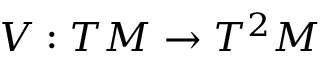
V : T M \rightarrow T ^ { 2 } M